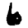
Digit: 6